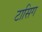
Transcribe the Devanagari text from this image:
टासिग